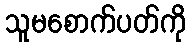
သူမစောက်ပတ်ကို